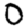
Digit: 0